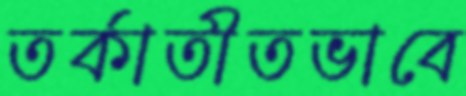
তর্কাতীতভাবে